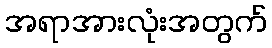
အရာအားလုံးအတွက်